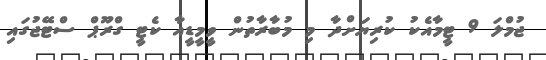
ޖުމްލަ 9 ޓީމާއެކު ކުރިޔަށްދާ މި މުބާރާތުން ވީމީޑީއާ ކެޓީ ގްރޫޕް ސްޓޭޖުގައި